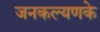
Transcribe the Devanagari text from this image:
जनकल्यणके